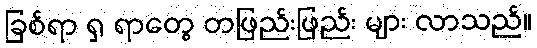
ခြစ်ရာ ရှ ရာတွေ တဖြည်းဖြည်း များ လာသည်။